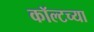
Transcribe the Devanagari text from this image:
कॉल्टच्या